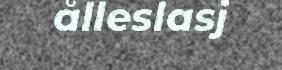
ålleslasj